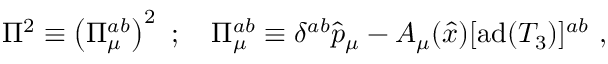
\Pi ^ { 2 } \equiv \left( \Pi _ { \mu } ^ { a b } \right) ^ { 2 } \ ; \quad \Pi _ { \mu } ^ { a b } \equiv \delta ^ { a b } \hat { p } _ { \mu } - { \cal A } _ { \mu } ( \hat { x } ) [ \mathrm { a d } ( T _ { 3 } ) ] ^ { a b } \ ,